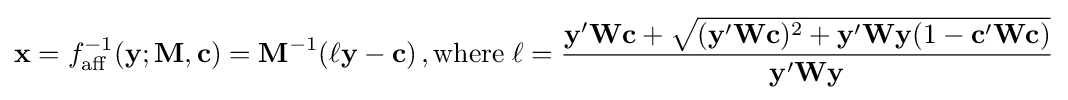
\mathbf {x} =f_{\text{aff}}^{-1}(\mathbf {y} ;\mathbf {M} ,\mathbf {c} )=\mathbf {M} ^{-1}(\ell \mathbf {y} -\mathbf {c} )\,,{\text{where}}\;\ell ={\frac {\mathbf {y} '\mathbf {Wc} +{\sqrt {(\mathbf {y} '\mathbf {Wc} )^{2}+\mathbf {y} '\mathbf {Wy} (1-\mathbf {c} '\mathbf {Wc} )}}}{\mathbf {y} '\mathbf {Wy} }}